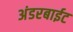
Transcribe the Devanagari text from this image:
अंडरबाईट